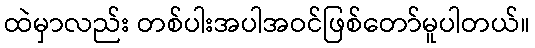
ထဲမှာလည်း တစ်ပါးအပါအဝင်ဖြစ်တော်မူပါတယ်။